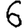
Digit: 6